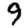
Digit: 9